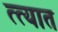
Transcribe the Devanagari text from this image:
त्त्यात